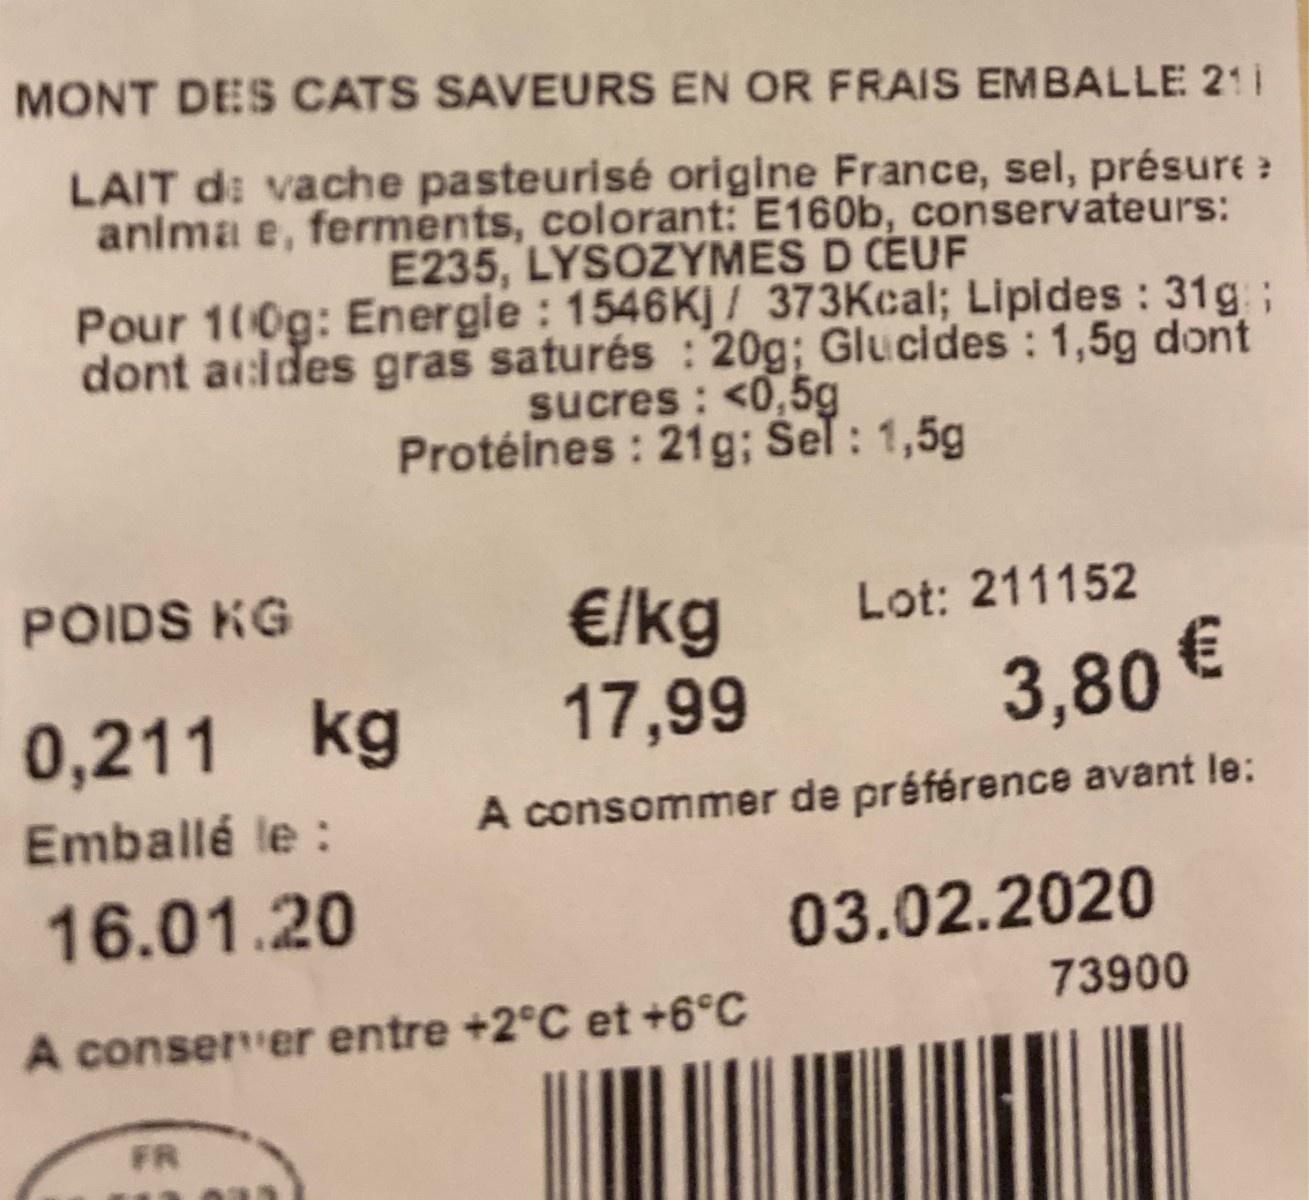
MONT DES CATS SAVEURS EN OR FRAIS EMBALLE 211 LAIT d: vache pasteurisé origine France, sel, présure: anima e, ferments, colorant: E160b, conservateurs: E235, LYSOZYMES D CÉUF Pour 100g: Energle : 1546KJ 373Kcal; Lipides : 31g ; dont acides gras saturés : 20g; Glucides : 1,5g dont sucres : <0,5g Protéines : 21g; Sel: 1,5g POIDS KG €/kg 17,99 Lot: 211152 3,80 € 0,211 kg A consommer de préférence avant le: Emballé le : 16.01.20 03.02.2020 73900 A conser er entre +2°C et +6°C FR